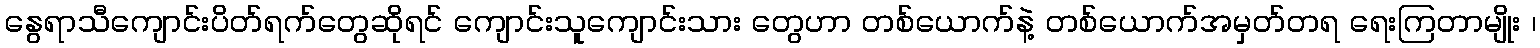
နွေရာသီကျောင်းပိတ်ရက်တွေဆိုရင် ကျောင်းသူကျောင်းသား တွေဟာ တစ်ယောက်နဲ့ တစ်ယောက်အမှတ်တရ ရေးကြတာမျိုး ၊